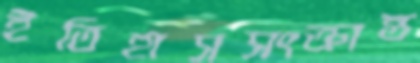
ইতিহাসসংক্রান্ত